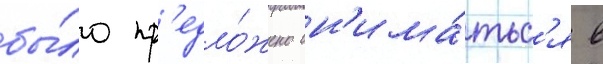
бы́ло пр'едло́жено сн'има́тьс'я в